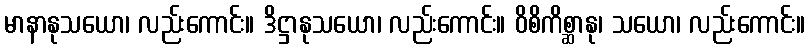
မာနာနုသယော၊ လည်းကောင်း။ ဒိဋ္ဌာနုသယော၊ လည်းကောင်း။ ဝိစိကိစ္ဆာနု၊ သယော၊ လည်းကောင်း။